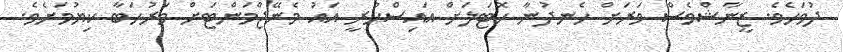
ދުވަހެވެ. ޒީނާޝްވެސް ވަރަށް ހެނދުނާ ހޮޓަލަށް އައިސްހުރީ އައު މެނޭޖްމަންޓަށް މަރުހަބާ ކިޔުމަށެވެ.